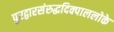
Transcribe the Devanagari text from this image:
पुरद्वारसंरुद्धदिक्पाललोके